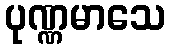
ပုဏ္ဏမာသေ